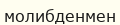
молибденмен